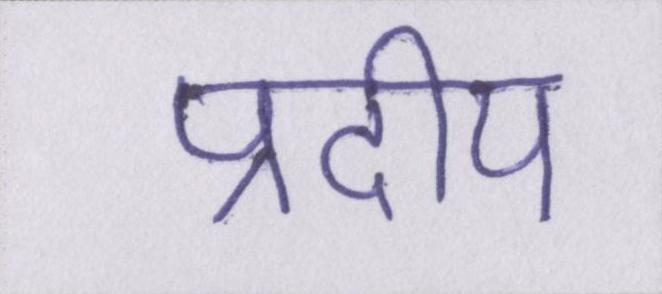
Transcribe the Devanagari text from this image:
प्रदीप